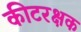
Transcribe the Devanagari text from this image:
कीटरक्षक